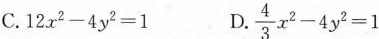
C. $$1 2 x ^ { 2 } - 4 y ^ { 2 } = 1$$ D. $$\frac { 4 } { 3 } x ^ { 2 } - 4 y ^ { 2 } = 1$$